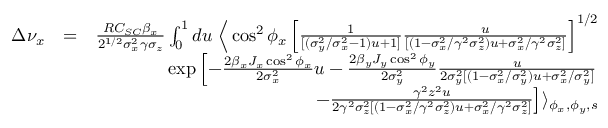
\begin{array} { r l r } { \Delta \nu _ { x } } & { = } & { \frac { R C _ { S C } \beta _ { x } } { 2 ^ { 1 / 2 } \sigma _ { x } ^ { 2 } \gamma \sigma _ { z } } \int _ { 0 } ^ { 1 } d u \; \Big \langle \cos ^ { 2 } \phi _ { x } \left[ \frac { 1 } { [ ( \sigma _ { y } ^ { 2 } / \sigma _ { x } ^ { 2 } - 1 ) u + 1 ] } \frac { u } { [ ( 1 - \sigma _ { x } ^ { 2 } / \gamma ^ { 2 } \sigma _ { z } ^ { 2 } ) u + \sigma _ { x } ^ { 2 } / \gamma ^ { 2 } \sigma _ { z } ^ { 2 } ] } \right] ^ { 1 / 2 } } \\ & { } & { \exp \left[ - \frac { 2 \beta _ { x } J _ { x } \cos ^ { 2 } \phi _ { x } } { 2 \sigma _ { x } ^ { 2 } } u - \frac { 2 \beta _ { y } J _ { y } \cos ^ { 2 } \phi _ { y } } { 2 \sigma _ { y } ^ { 2 } } \frac { u } { 2 \sigma _ { y } ^ { 2 } [ ( 1 - \sigma _ { x } ^ { 2 } / \sigma _ { y } ^ { 2 } ) u + \sigma _ { x } ^ { 2 } / \sigma _ { y } ^ { 2 } ] } \right. } \\ & { } & { \left. - \frac { \gamma ^ { 2 } z ^ { 2 } u } { 2 \gamma ^ { 2 } \sigma _ { z } ^ { 2 } [ ( 1 - \sigma _ { x } ^ { 2 } / \gamma ^ { 2 } \sigma _ { z } ^ { 2 } ) u + \sigma _ { x } ^ { 2 } / \gamma ^ { 2 } \sigma _ { z } ^ { 2 } ] } \right] \rangle _ { \phi _ { x } , \phi _ { y } , s } } \end{array}